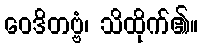
ဝေဒိတဗ္ဗံ၊ သိထိုက်၏။